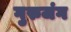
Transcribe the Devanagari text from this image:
गुरुजंग